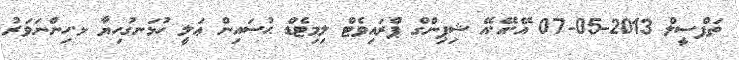
ތަފްސީލް 2013-05-07 އޭ.އޭ.އޭ ޝިޕިންގް ޕްރައިވެޓް ލިމިޓެޑް ޙުސައިން ޢަލީ ހުޅަނގުހިޔާ ޅ.ހިންނަވަރު